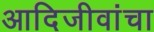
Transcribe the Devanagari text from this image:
आदिजीवांचा